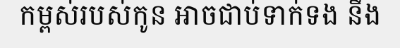
កម្ពស់របស់កូន អាចជាប់ទាក់ទង នឹង